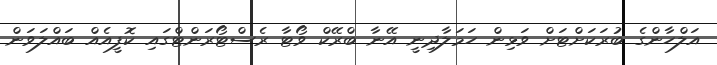
އަލްހާންގެ ބުރަކަށްޓަށް ވަޅިން ހަމަލާދިނީ އޭނާ ބްރޭކް ވޯޓާ ރެސްޓޯރަންޓްގައި ކޮފީއެއް ބައްލަވަން